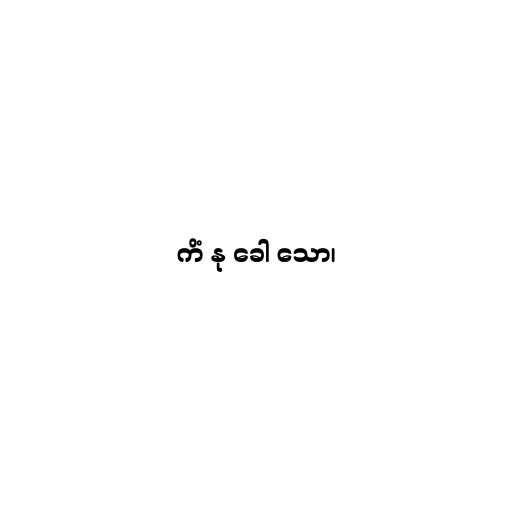
ကိံ နု ခေါ သော၊